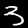
Label: 3